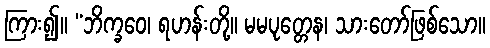
ကြား၍။ “ဘိက္ခဝေ၊ ရဟန်းတို့။ မမပုတ္တေန၊ သားတော်ဖြစ်သော။